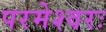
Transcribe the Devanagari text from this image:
परमेश्वरः